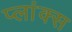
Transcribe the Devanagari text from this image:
प्लांक्स